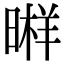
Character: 𣉫